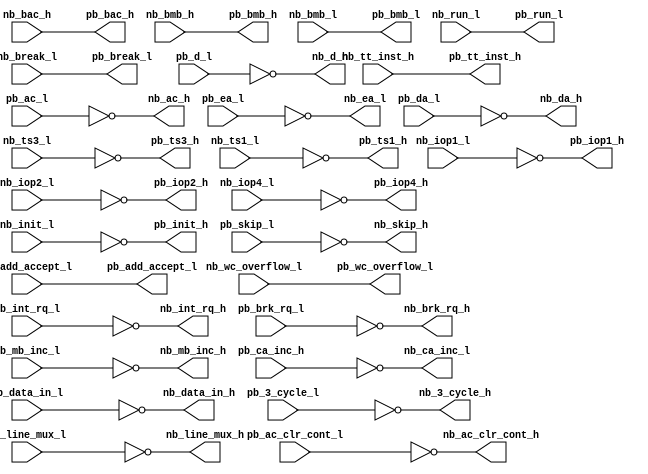
module dw08b (
    //positive to negative (M051, inverting 0 to 3 -> 0 to -3)
    input [11:0] pb_ac_l,
    output [11:0] nb_ac_h,
    input pb_skip_l,
    output nb_skip_h,
    input pb_int_rq_l,
    output nb_int_rq_h,
    input pb_ac_clr_cont_l,
    output nb_ac_clr_cont_h,
    input pb_line_mux_l,
    output nb_line_mux_h,
    input pb_brk_rq_l,
    output nb_brk_rq_h,
    input pb_data_in_l,
    output nb_data_in_h,
    input pb_mb_inc_l,
    output nb_mb_inc_h,
    input pb_3_cycle_l,
    output nb_3_cycle_h,
    input pb_ca_inc_h,
    output nb_ca_inc_l,
    input [2:0] pb_ea_l,
    output [2:0] nb_ea_l,

    input [11:0] pb_da_l,
    output [11:0] nb_da_h,
    input [11:0] pb_d_l,
    output [11:0] nb_d_h,

    //negative to positive (M508, non-inverting OC, -3 to 0 -> 0 to 3)
    input [11:0] nb_bac_h,
    output [11:0] pb_bac_h,
    input [11:0] nb_bmb_h,
    output [11:0] pb_bmb_h,
    input [8:3] nb_bmb_l,
    output [8:3] pb_bmb_l,
    input nb_run_l,
    output pb_run_l,
    input nb_tt_inst_h,
    output pb_tt_inst_h,
    input nb_break_l,
    output pb_break_l,
    input nb_add_accept_l,
    output pb_add_accept_l,
    input nb_wc_overflow_l,
    output pb_wc_overflow_l,

    //negative to positive (M508 with M660, inverting, -3 to 0 -> 3 to 0)
    input nb_iop1_l,
    output pb_iop1_h,
    input nb_iop2_l,
    output pb_iop2_h,
    input nb_iop4_l,
    output pb_iop4_h,
    input nb_ts3_l,
    output pb_ts3_h,
    input nb_ts1_l,
    output pb_ts1_h,
    input nb_init_l,
    output pb_init_h
);

assign pb_iop1_h = !nb_iop1_l;
assign pb_iop2_h = !nb_iop2_l;
assign pb_iop4_h = !nb_iop4_l;
assign pb_ts3_h = !nb_ts3_l;
assign pb_ts1_h = !nb_ts1_l;
assign pb_init_h = !nb_init_l;

assign pb_bac_h = nb_bac_h;
assign pb_bmb_h = nb_bmb_h;
assign pb_bmb_l = nb_bmb_l;
assign pb_run_l = nb_run_l;
assign pb_tt_inst_h = nb_tt_inst_h;
assign pb_break_l = nb_break_l;
assign pb_add_accept_l = nb_add_accept_l;
assign pb_wc_overflow_l = nb_wc_overflow_l;

assign nb_ac_h = ~pb_ac_l;
assign nb_skip_h = !pb_skip_l;
assign nb_int_rq_h = !pb_int_rq_l;
assign nb_ac_clr_cont_h = !pb_ac_clr_cont_l;
assign nb_line_mux_h = !pb_line_mux_l;
assign nb_brk_rq_h = !pb_brk_rq_l;
assign nb_data_in_h = !pb_data_in_l;
assign nb_mb_inc_h = !pb_mb_inc_l;
assign nb_3_cycle_h = !pb_3_cycle_l;
assign nb_ca_inc_l = !pb_ca_inc_h;
assign nb_ea_l = ~pb_ea_l;

assign nb_da_h = ~pb_da_l;
assign nb_d_h = ~pb_d_l;

endmodule